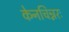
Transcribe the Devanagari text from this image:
केनचिन्नरः